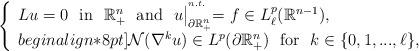
LaTeX: \begin{align*}\left\{\begin{array}{l}Lu=0\,\,\mbox{ in }\,\,\mathbb{R}^{n}_+\,\,\mbox{ and }\,\,u\bigl|_{\partial\mathbb{R}^{n}_{+}}^{{}^{n.t.}}=f\in L^p_\ell(\mathbb{R}^{n-1}),\\begin{align*}8pt]{\mathcal{N}}(\nabla^k u)\in L^p(\partial\mathbb{R}^{n}_+)\,\,\mbox{ for }\,\,k\in\{0,1,...,\ell\},\end{array}\right.\end{align*}